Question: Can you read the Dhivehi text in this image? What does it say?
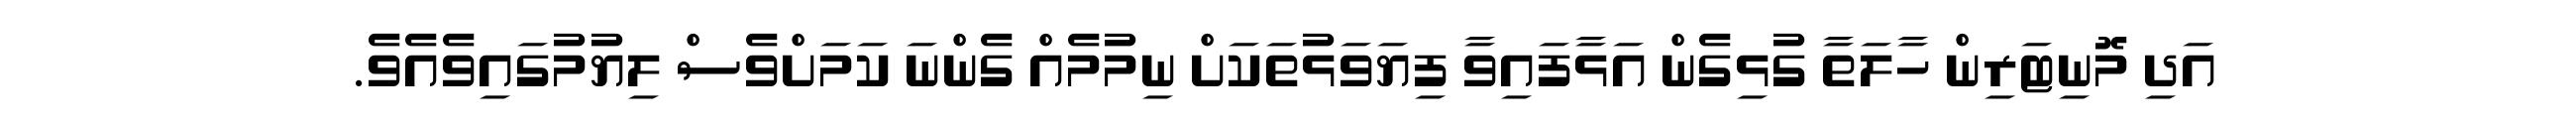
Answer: އަދި މޮނިޓަރިން ހާލަތާ ގުޅިގެން އަޅާފައިވާ ފިޔަވަޅުތަކަށް ނިމުމެއް ގެންނަ ކަމަށްވެސް ލިޔުމުގައިވެއެވެ.